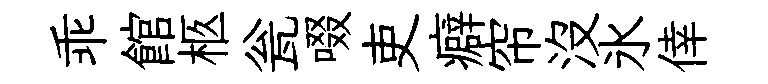
乖館柩瓮啜吏癖帘沒氷倖